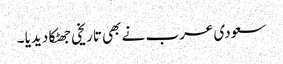
سعودی عرب نے بھی تاریخی جھٹکا دیدیا ۔